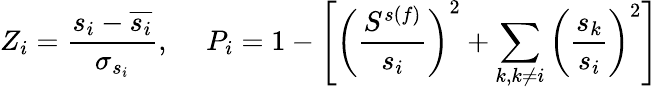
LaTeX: Z_{i}=\frac{s_{i}-\overline{{s_{i}}}}{\sigma_{s_{i}}},~~~~~P_{i}=1-\left[\left(\frac{S^{s(f)}}{s_{i}}\right)^{2}+\sum_{k,k\neq i}\left(\frac{s_{k}}{s_{i}}\right)^{2}\right]